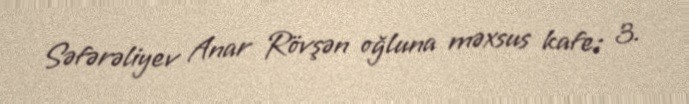
Səfərəliyev Anar Rövşən oğluna məxsus kafe; 3.